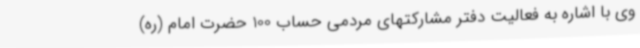
وی با اشاره به فعالیت دفتر مشارکتهای مردمی حساب 100 حضرت امام (ره)